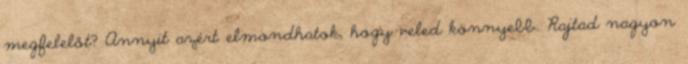
megfelelőt? Annyit azért elmondhatok, hogy veled könnyebb. Rajtad nagyon